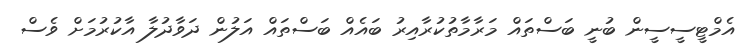
އެމްޓީސީސީން ބުނީ ބަސްތައް މަރާމާތުކުރާއިރު ބައެއް ބަސްތައް އަލުން ދަވާދުލާ އާކުރުމަށް ވެސް